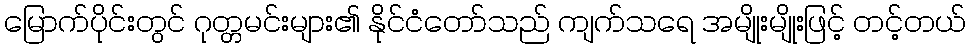
မြောက်ပိုင်းတွင် ဂုတ္တမင်းများ၏ နိုင်ငံတော်သည် ကျက်သရေ အမျိုးမျိုးဖြင့် တင့်တယ်